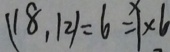
( 1 8 , 1 2 ) = 6 = 1 \times 6